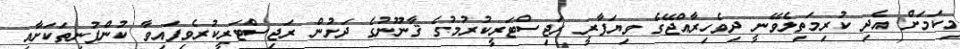
މިކަމަށް އެދި ކުރިމަތިލެވޭނީ ދިވެހިރާއްޖޭގެ ވިޔަފާރީ ރަޖިސްޓަރީކުރުމުގެ ޤާނޫނުގެ ދަށުން ރަޖިސްޓަރީކުރެވިފައިވާ ކުންފުނިތަކަށާއި